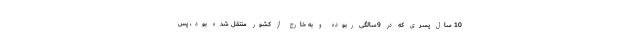
10 سال پسری که در 9سالگی ربوده و به خارج از کشور منتقل شده بود، پس